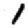
Digit: 1